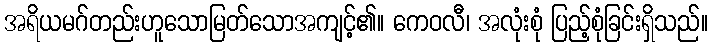
အရိယမဂ်တည်းဟူသောမြတ်သောအကျင့်၏။ ကေဝလီ၊ အလုံးစုံ ပြည့်စုံခြင်းရှိသည်။